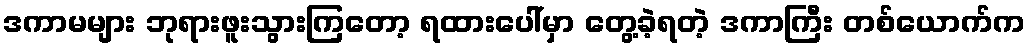
ဒကာမများ ဘုရားဖူးသွားကြတော့ ရထားပေါ်မှာ တွေ့ခဲ့ရတဲ့ ဒကာကြီး တစ်ယောက်က